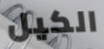
الكيل